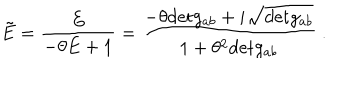
LaTeX: \tilde { E } = \frac { E } { - \theta E + 1 } = \frac { - \theta \mathrm { d e t } g _ { a b } + i \sqrt { \mathrm { d e t } g _ { a b } } } { 1 + \theta ^ { 2 } \mathrm { d e t } g _ { a b } } \ .